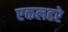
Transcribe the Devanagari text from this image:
एकलहरे